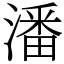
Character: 潘